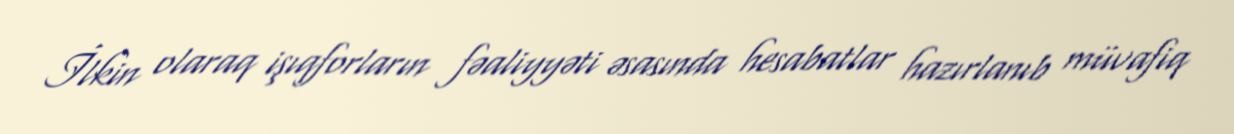
İlkin olaraq işıqforların fəaliyyəti əsasında hesabatlar hazırlanıb müvafiq